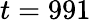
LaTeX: t=991